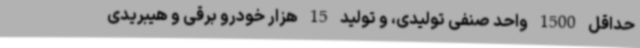
حداقل 1500 واحد صنفی تولیدی، و تولید 15 هزار خودرو برقی و هیبریدی